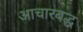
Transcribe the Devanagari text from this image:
आचारबद्ध